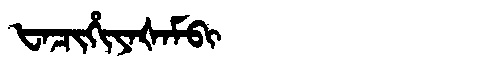
Manchu: ᡶᠠᠴᡳᡥᡳᠶᠠᡧᠠᠮᠪᡳ
Romanization: FACIHIYAŠAMBI